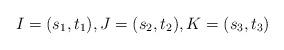
LaTeX: \begin{align*}I = (s_1, t_1), J = (s_2, t_2), K = (s_3, t_3)\end{align*}